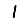
Digit: 1